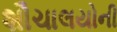
શૌચાલયોની